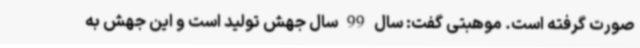
صورت گرفته است. موهبتی گفت: سال 99 سال جهش تولید است و این جهش به